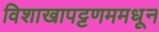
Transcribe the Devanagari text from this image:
विशाखापट्टणममधून